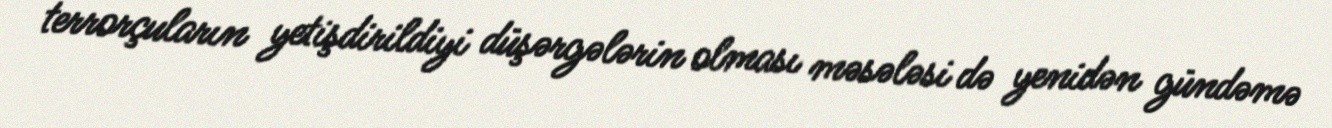
terrorçuların yetişdirildiyi düşərgələrin olması məsələsi də yenidən gündəmə